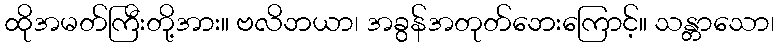
ထိုအမတ်ကြီးတို့အား။ ဗလိဘယာ၊ အခွန်အတုတ်ဘေးကြောင့်။ သန္တာသော၊